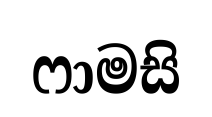
ෆාමසි